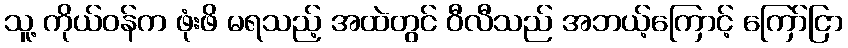
သူ့ ကိုယ်ဝန်က ဖုံးဖိ မရသည့် အထဲတွင် ဝီလီသည် အဘယ့်ကြောင့် ကြော်ငြာ